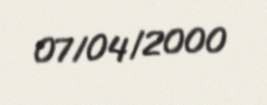
07/04/2000